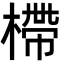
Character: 㯂